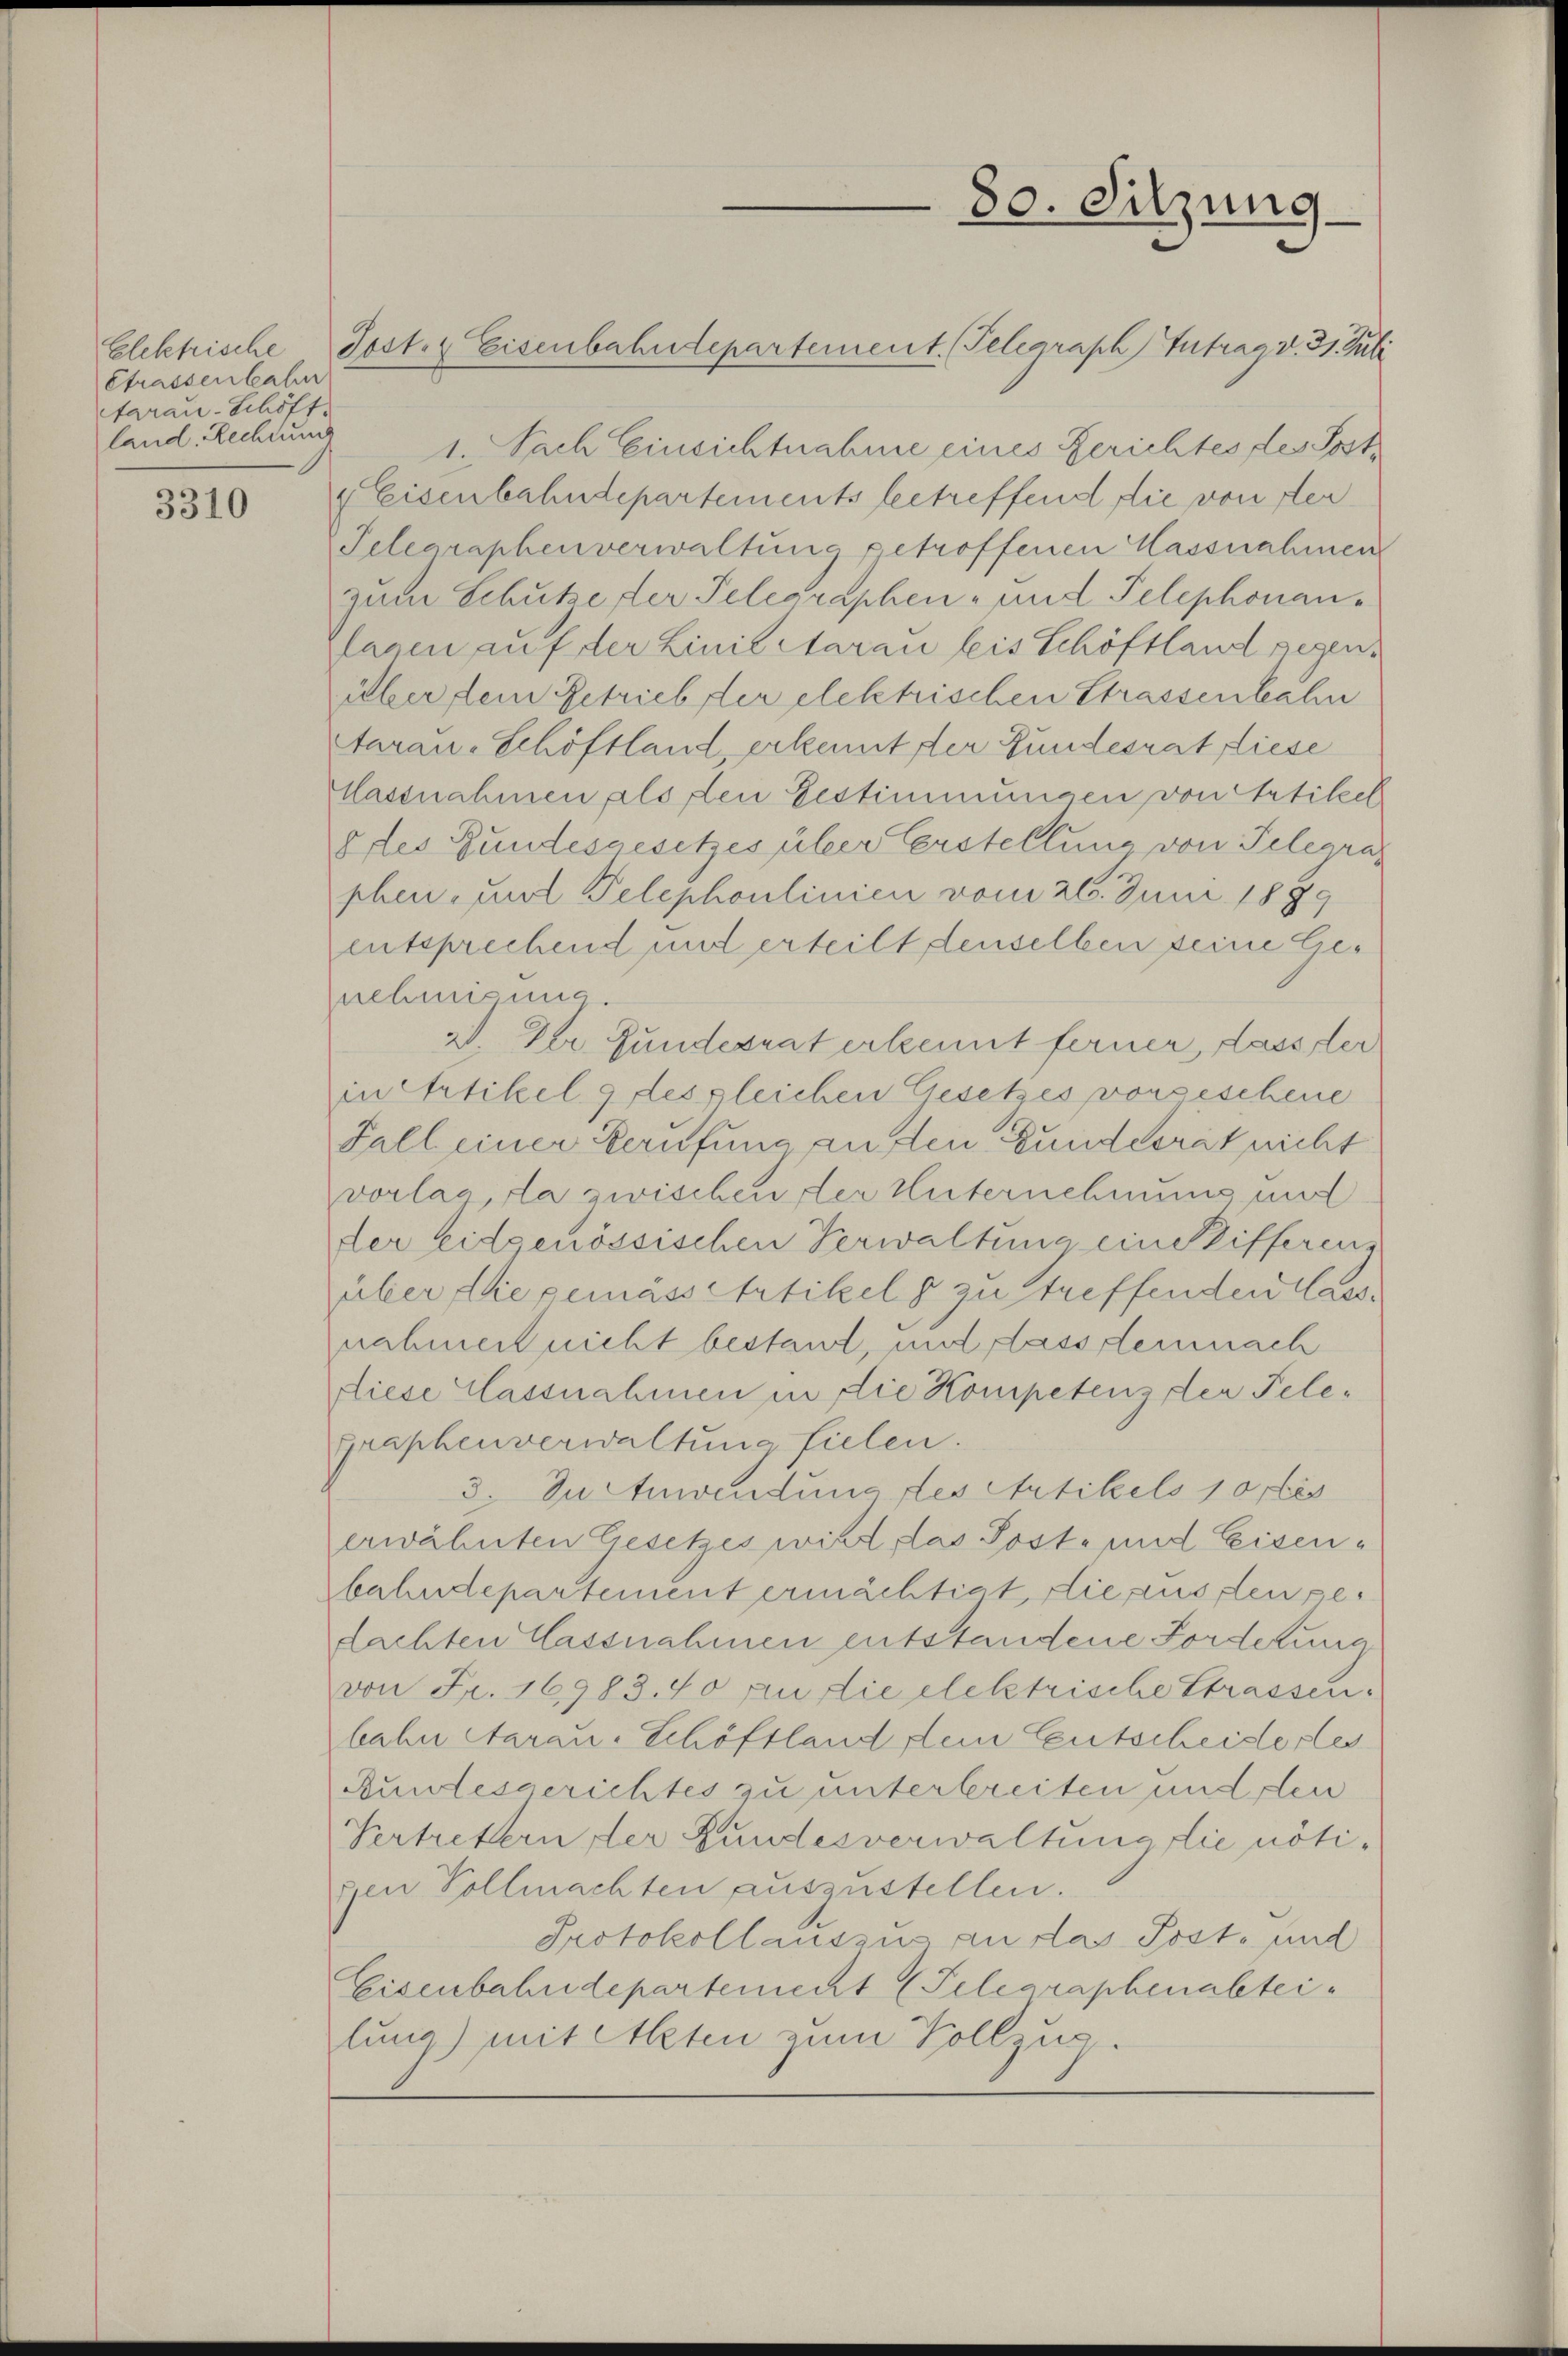
Strassenbahr
tarau-Schöff.
land. Rechtungs

3310

1. Nach Einsichtnahme eines Gerichtes des Post¬
 Eisenbahndepartements betreffend die von der¬
Telegraphenverwaltung getroffenen Massnahmen
zum Schutze der Telegraphen- und Telephonan
lagen auf der Linie Aarau leis Schöftland gegenüber dem Getrieb der elektrischen Strassenbahn
tarau-Schöftland erkennt der Fundesrat Liese
lassnahmen als den Bestimmungen von Artikel
8 des Bundesgesetzes über Erstellung von Telegras
phen- und Telephoulinien vom 26. Juni 1899
entsprechend und erteilt denselben seine Genehmigung.
V. Der Fundesrat erkennt ferner, lasser
in Artikel 9 des gleichen Gesetzes vorgeschene
Fall einer Berufung auften Bundesrat nicht
vorlag, da zwischen der Unternehmung und
der Eidgenössischen Verwaltung ein Stifferenz
über die gemässertikel 8 zu streffenden lassnahmen nicht bestand, und dass demnach
diese Classnahmen in die Kompetenz der Telegraphenverwaltung fielen.
3. Zu Anwendung des Artikels 10 fes
erwähnten Gesetzes wird, las Post- und Eisenbahndepartement ermächtigt, die aus den gedachten lassnahmen entstandene Forderung
von Fr. 16983.40 an die elektrische Strassen.
bahn Aarau, Schöftland dein Entscheisteres
Bundesgerichtes zu unterbreiten und den
Vertretern der Kundesverwaltung die nötigen Vollmachten auszustellen.
Protokollauszus an das Post- und
Eisenbahndepartement (Telegraphenabteilung) mit Alten zum Vollzug.

Elektrische Post. Eisenbahndepartement. Telegraph Zutrag d. 31. Juli

80. Sitzung.